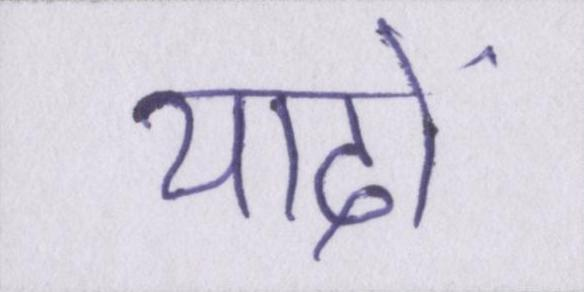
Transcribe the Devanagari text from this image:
यादों